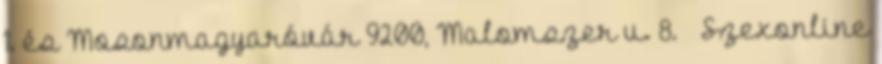
1. és Mosonmagyaróvár 9200, Malomszer u. 8. – Szexonline